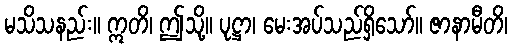
မသိသနည်း။ ဣတိ၊ ဤသို့။ ပုဋ္ဌာ၊ မေးအပ်သည်ရှိသော်။ ဇာနာမီတိ၊